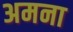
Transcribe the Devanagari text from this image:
अमना